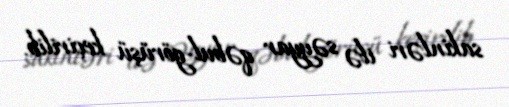
sakinləri ilə səyyar qəbul-görüşü keçirilib.